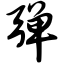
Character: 弹